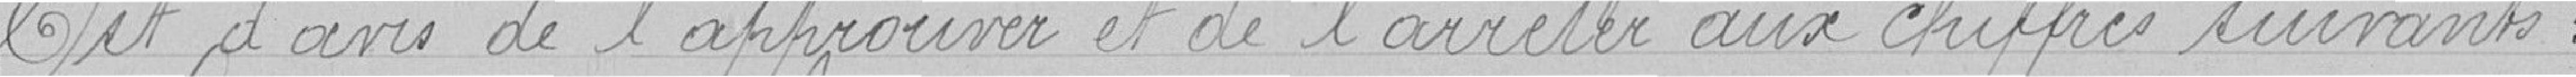
Est d'avis de l'approuver et de l'arrêter aux chiffres suivants :